Trukikaitis_Postimees, lk 80
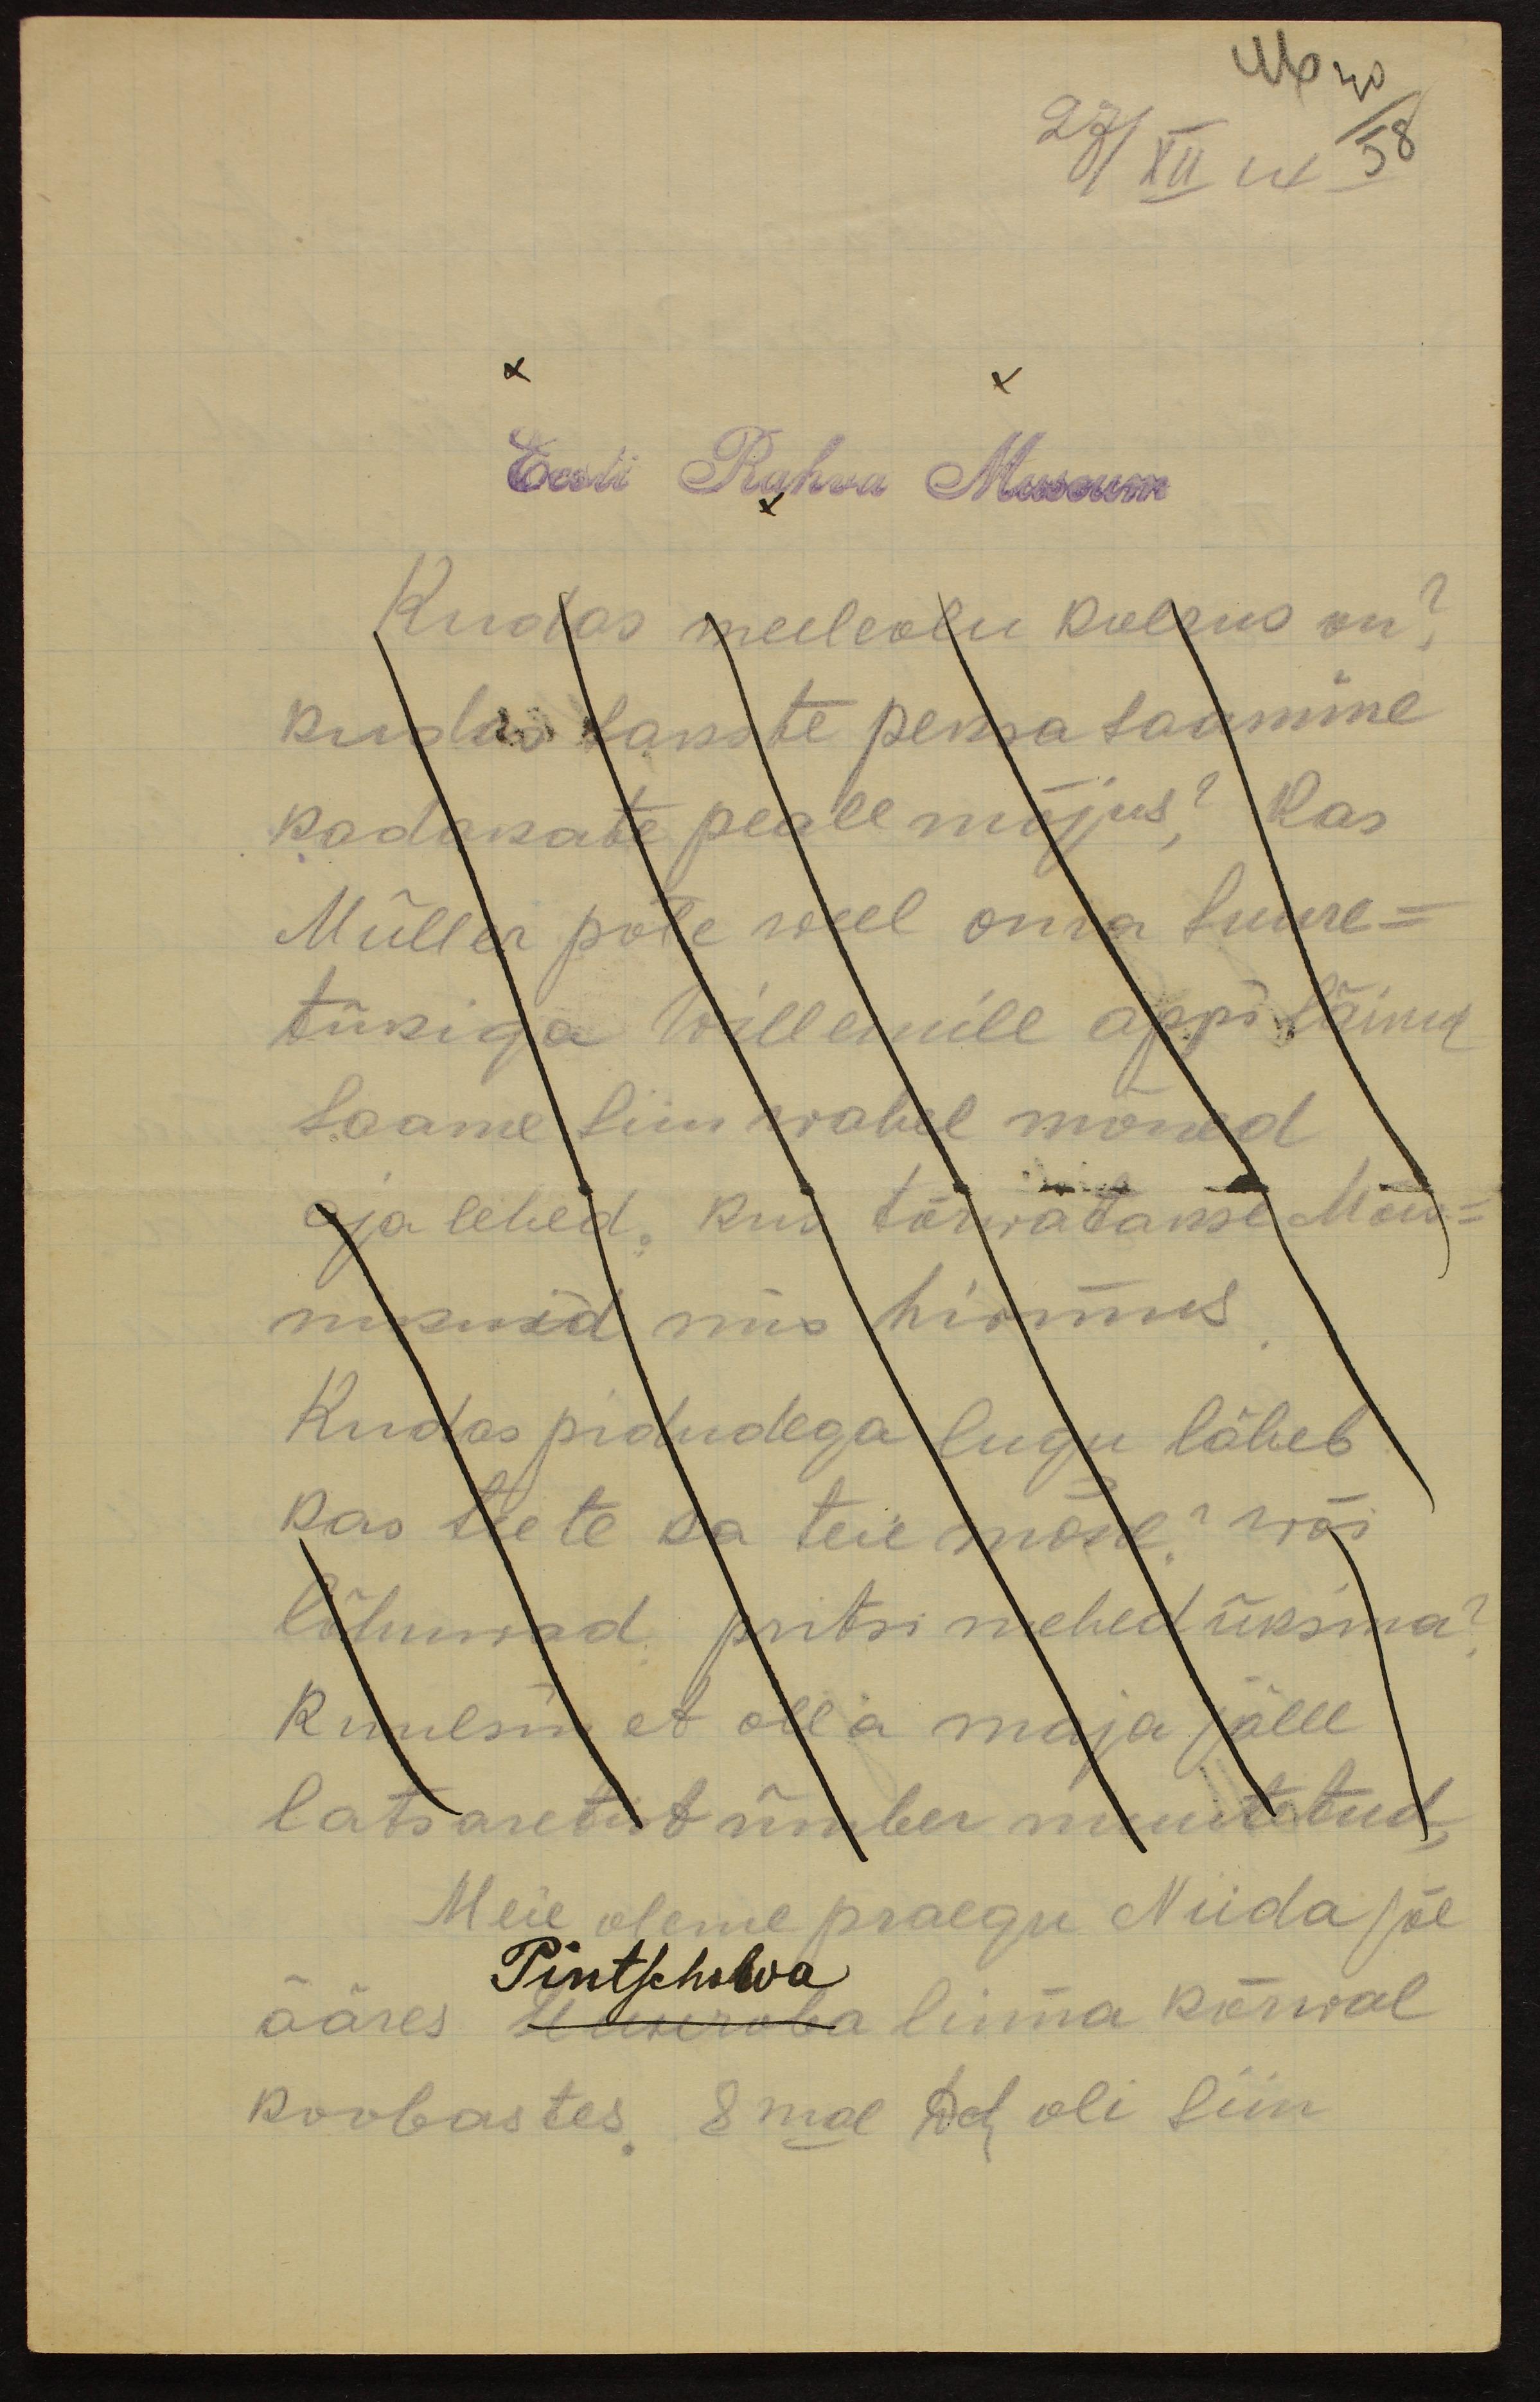
Eesti Rahva Museum
Kudas meeleolu koerus on?
Kudas sakste peksa saamine
kadakate peale mõjus? Kas
Müller pole weel oma suure-
tükiga Willemile appi läinud
saame siin wahel mõned
aja lehed, kus tõrwatakse Mõis-
nikuid mis hirmus.
Kudas pidudega lugu läheb
Kas teete ka teie mõne wõi
lõhuwad pritsimehed üksina?
Kuulsin et olla maja jälle
latsaretist ümber muutetud,
Meie oleme praegu Niida jõe
Pintscholva
ääres Linnaba linna kõrwal
koobastes 8mal dets oli siin